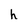
Character: h